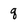
Character: q